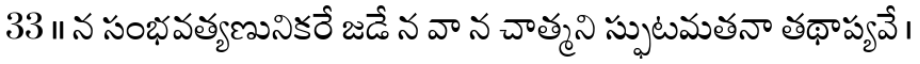
33 ॥ న సంభవత్యణునికరే జడే న వా న చాత్మని స్ఫుటమతనా తథాప్యవే ।